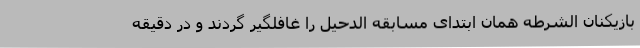
بازیکنان الشرطه همان ابتدای مسابقه الدحیل را غافلگیر گردند و در دقیقه